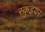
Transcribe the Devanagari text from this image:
स्क़ुइयर